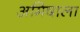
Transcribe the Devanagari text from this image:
अमिषाला